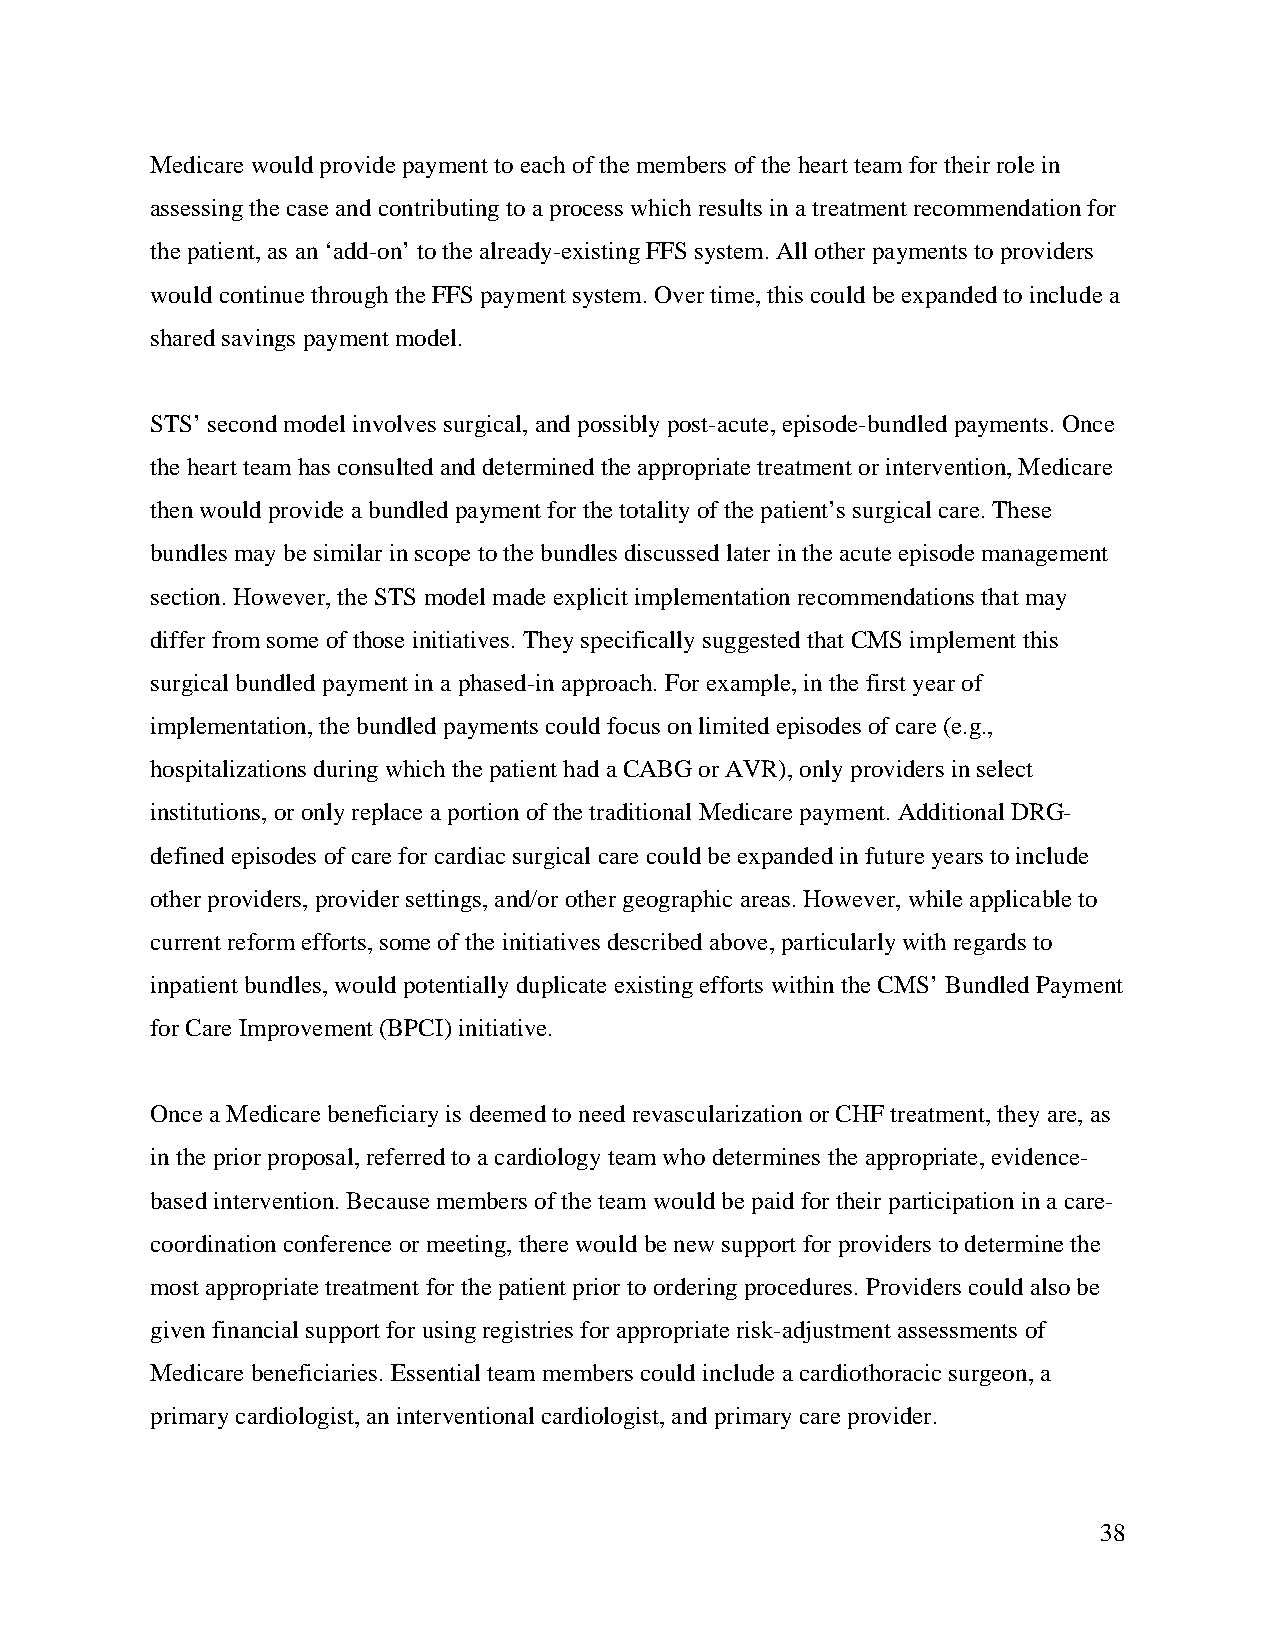
Medicare would provide payment to each of the members of the heart team for their role in
 assessing the case and contributing to a process which results in a treatment recommendation for
 the patient, as an ‘add-on’ to the already-existing FFS system. All other payments to providers
 would continue through the FFS payment system. Over time, this could be expanded to include a
 shared savings payment model.
 STS’ second model involves surgical, and possibly post-acute, episode-bundled payments. Once
 the heart team has consulted and determined the appropriate treatment or intervention, Medicare
 then would provide a bundled payment for the totality of the patient’s surgical care. These
 bundles may be similar in scope to the bundles discussed later in the acute episode management
 section. However, the STS model made explicit implementation recommendations that may
 differ from some of those initiatives. They specifically suggested that CMS implement this
 surgical bundled payment in a phased-in approach. For example, in the first year of
 implementation, the bundled payments could focus on limited episodes of care (e.g.,
 hospitalizations during which the patient had a CABG or AVR), only providers in select
 institutions, or only replace a portion of the traditional Medicare payment. Additional DRG-
 defined episodes of care for cardiac surgical care could be expanded in future years to include
 other providers, provider settings, and/or other geographic areas. However, while applicable to
 current reform efforts, some of the initiatives described above, particularly with regards to
 inpatient bundles, would potentially duplicate existing efforts within the CMS’ Bundled Payment
 for Care Improvement (BPCI) initiative.
 Once a Medicare beneficiary is deemed to need revascularization or CHF treatment, they are, as
 in the prior proposal, referred to a cardiology team who determines the appropriate, evidence-
 based intervention. Because members of the team would be paid for their participation in a care-
 coordination conference or meeting, there would be new support for providers to determine the
 most appropriate treatment for the patient prior to ordering procedures. Providers could also be
 given financial support for using registries for appropriate risk-adjustment assessments of
 Medicare beneficiaries. Essential team members could include a cardiothoracic surgeon, a
 primary cardiologist, an interventional cardiologist, and primary care provider.
 38